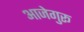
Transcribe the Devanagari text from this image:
आजेगुरू